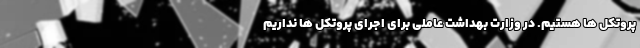
پروتکل ها هستیم. در وزارت بهداشت عاملی برای اجرای پروتکل ها نداریم